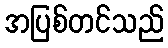
အပြစ်တင်သည်